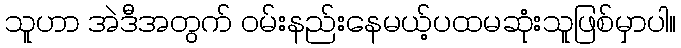
သူဟာ အဲဒီအတွက် ဝမ်းနည်းနေမယ့်ပထမဆုံးသူဖြစ်မှာပါ။